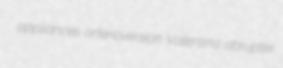
appliances arterioversion Valentina abrupter